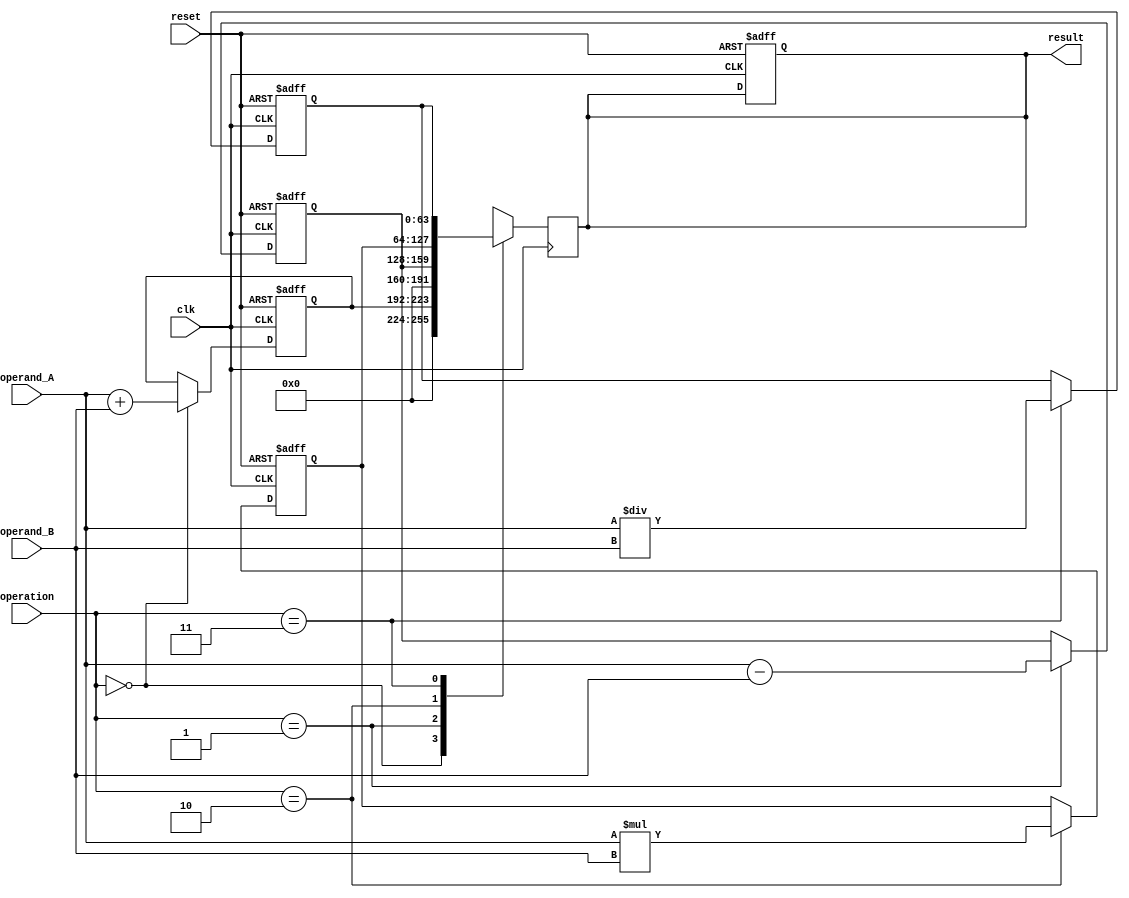
module arbitrary_precision_float_unit (
    input wire clk,
    input wire reset,
    input wire [31:0] operand_A,
    input wire [31:0] operand_B,
    input wire [1:0] operation, // 00: addition, 01: subtraction, 10: multiplication, 11: division
    output reg [63:0] result
);

reg [31:0] add_result;
reg [31:0] sub_result;
reg [63:0] mul_result;
reg [63:0] div_result;

always @(posedge clk or posedge reset)
begin
    if (reset)
    begin
        add_result <= 32'h0;
        sub_result <= 32'h0;
        mul_result <= 64'h0;
        div_result <= 64'h0;
        result <= 64'h0;
    end
    else
    begin
        case(operation)
            2'b00: add_result <= operand_A + operand_B; // Addition
            2'b01: sub_result <= operand_A - operand_B; // Subtraction
            2'b10: mul_result <= operand_A * operand_B; // Multiplication
            2'b11: div_result <= operand_A / operand_B; // Division
        endcase
    end
end

always @(posedge clk)
begin
    case(operation)
        2'b00: result <= {32'h0, add_result}; // Formatting result for addition
        2'b01: result <= {32'h0, sub_result}; // Formatting result for subtraction
        2'b10: result <= mul_result; // Formatting result for multiplication
        2'b11: result <= div_result; // Formatting result for division
    endcase
end

endmodule